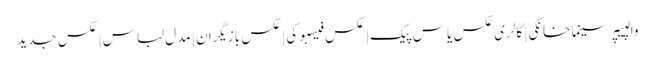
والپیپر سینما خانگی | گالری عکس یاس پیک | عکس فیسبوکی | عکس بازیگران | مدل لباس | عکس جدید